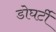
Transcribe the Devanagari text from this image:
डोघर्टी